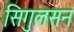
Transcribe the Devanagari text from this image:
सिगुलसन